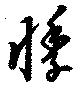
悸